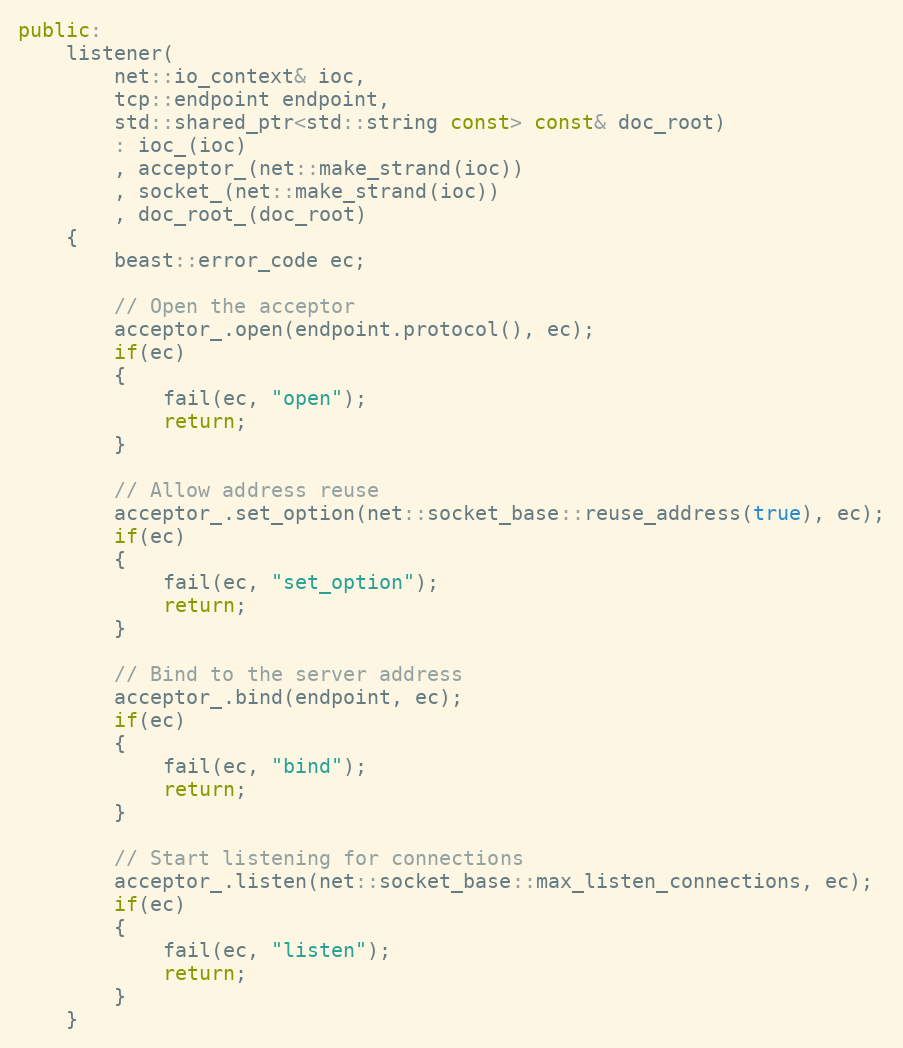
Language: C++
public:
    listener(
        net::io_context& ioc,
        tcp::endpoint endpoint,
        std::shared_ptr<std::string const> const& doc_root)
        : ioc_(ioc)
        , acceptor_(net::make_strand(ioc))
        , socket_(net::make_strand(ioc))
        , doc_root_(doc_root)
    {
        beast::error_code ec;

        // Open the acceptor
        acceptor_.open(endpoint.protocol(), ec);
        if(ec)
        {
            fail(ec, "open");
            return;
        }

        // Allow address reuse
        acceptor_.set_option(net::socket_base::reuse_address(true), ec);
        if(ec)
        {
            fail(ec, "set_option");
            return;
        }

        // Bind to the server address
        acceptor_.bind(endpoint, ec);
        if(ec)
        {
            fail(ec, "bind");
            return;
        }

        // Start listening for connections
        acceptor_.listen(net::socket_base::max_listen_connections, ec);
        if(ec)
        {
            fail(ec, "listen");
            return;
        }
    }